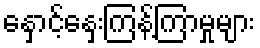
နှောင့်နှေးကြန့်ကြာမှုများ